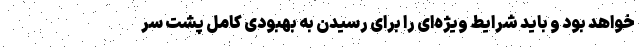
خواهد بود و باید شرایط ویژه‌ای را برای رسیدن به بهبودی کامل پشت سر